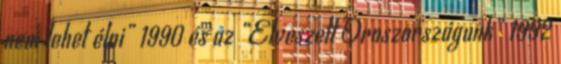
nem lehet élni” 1990 és az „Elveszett Oroszországunk” 1992